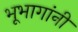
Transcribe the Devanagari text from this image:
भूभागांनी